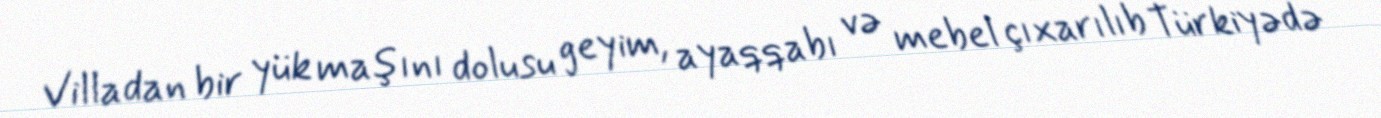
Villadan bir yük maşını dolusu geyim, ayaqqabı və mebel çıxarılıb Türkiyədə